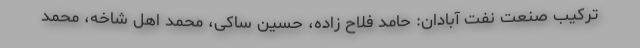
ترکیب صنعت نفت آبادان: حامد فلاح زاده، حسین ساکی، محمد اهل شاخه، محمد